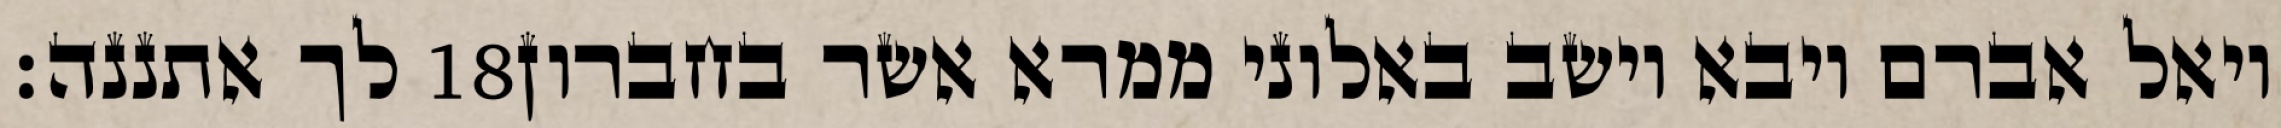
לך אתננה׃ ‎18‏ ויאל אברם ויבא וישב באלוני ממרא אשר בחברון